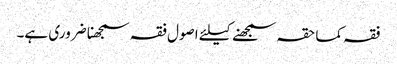
فقہ کما حقہ سمجھنے کیلئے اصول فقہ سمجھنا ضروری ہے۔